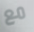
مع